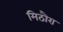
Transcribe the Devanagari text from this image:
मिठौरा